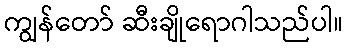
ကျွန်တော် ဆီးချိုရောဂါသည်ပါ။